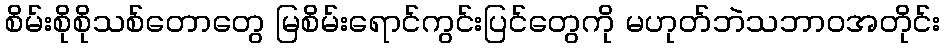
စိမ်းစိုစိုသစ်တောတွေ မြစိမ်းရောင်ကွင်းပြင်တွေကို မဟုတ်ဘဲသဘာဝအတိုင်း